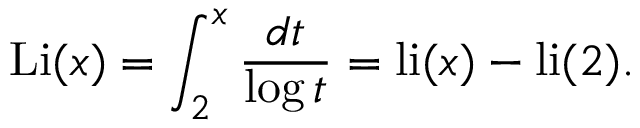
\operatorname { L i } ( x ) = \int _ { 2 } ^ { x } { \frac { d t } { \log t } } = \operatorname { l i } ( x ) - \operatorname { l i } ( 2 ) .